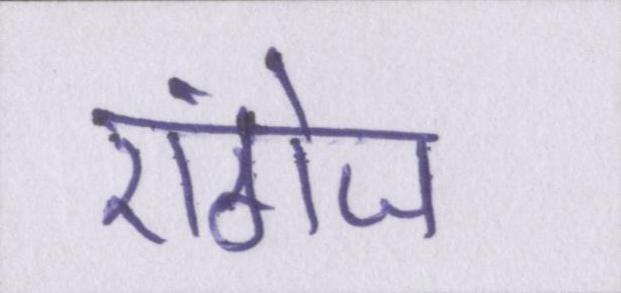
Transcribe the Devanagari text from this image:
एंगेज